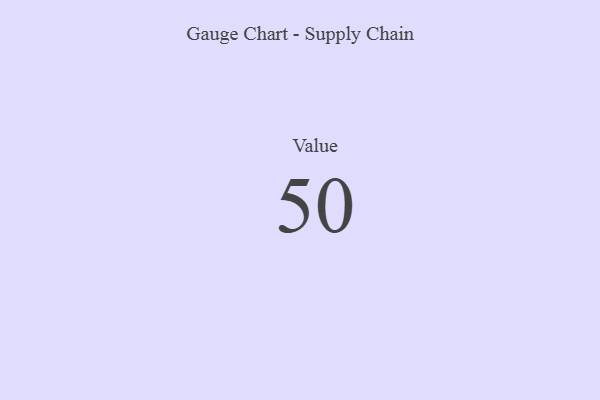
{"axis": {"x": "Metric", "y": "Value"}, "legend": [""], "data": [{"x": "Value", "y": 50, "type": ""}]}